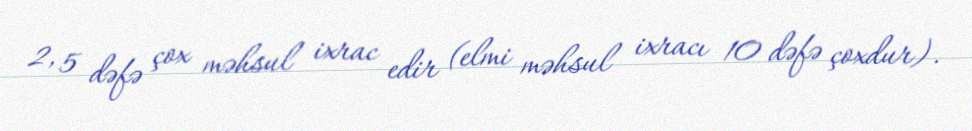
2, 5 dəfə çox məhsul ixrac edir (elmi məhsul ixracı 10 dəfə çoxdur).